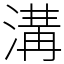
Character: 溝